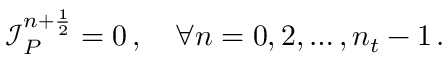
\mathcal I _ { P } ^ { n + \frac 1 2 } = 0 \, , \quad \forall n = 0 , 2 , \hdots , n _ { t } - 1 \, .